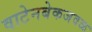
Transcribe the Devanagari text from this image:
वाटेनबेकजवळ